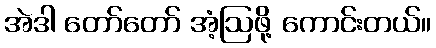
အဲဒါ တော်တော် အံ့ဩဖို့ ကောင်းတယ်။